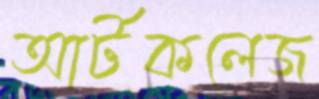
আর্টকলেজ